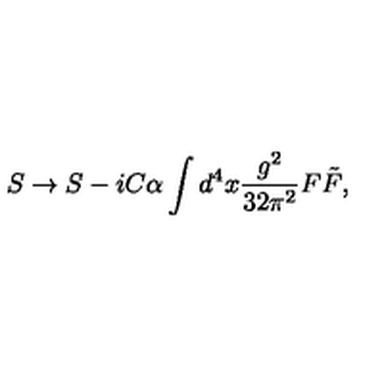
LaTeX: S \to S - i C \alpha \int d ^ { 4 } x \frac { g ^ { 2 } } { 3 2 \pi ^ { 2 } } F \tilde { F } ,